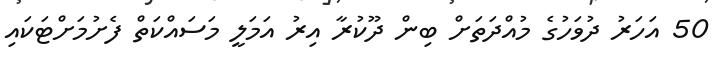
50 އަހަރު ދުވަހުގެ މުއްދަތަށް ބިން ދޫކުރާ އިރު އަމަލީ މަސައްކަތް ފެށުމަށްޓަކައި